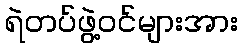
ရဲတပ်ဖွဲ့ဝင်များအား